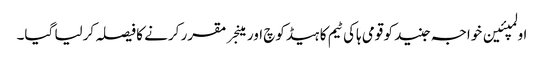
اولمپئین خواجہ جنید کو قومی ہاکی ٹیم کا ہیڈکوچ اور مینجر مقرر کرنے کا فیصلہ کرلیا گیا۔